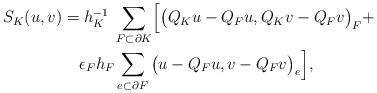
LaTeX: \begin{align*}\begin{aligned}S_K(u,v)= &\;h_K^{-1}\;\sum_{F\subset \partial K}\Bigl[\big(Q_K u-Q_F u,Q_K v-Q_F v\big)_{F}+\\& \epsilon_F h_F\sum_{e\subset \partial F} \big( u-Q_F u, v-Q_F v\big)_e\Bigr],\end{aligned}\end{align*}